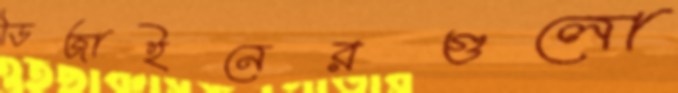
ডিজাইনেরগুলো